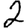
Digit: 2